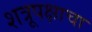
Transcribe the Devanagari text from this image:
शत्रूपक्षाचा